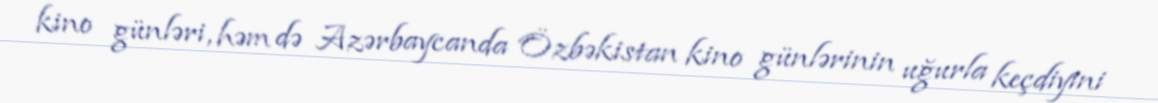
kino günləri, həm də Azərbaycanda Özbəkistan kino günlərinin uğurla keçdiyini